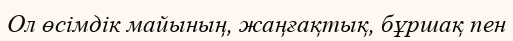
Ол өсімдік майының, жаңғақтық, бұршақ пен